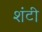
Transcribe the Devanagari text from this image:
शंटी